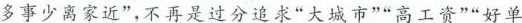
多事少离家近”，不再是过分追求”大城市””高工资””好单